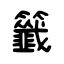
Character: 籤